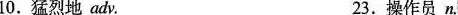
10.猛烈地adv. 23.操作员n.